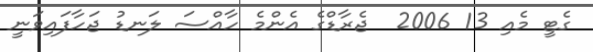
ގެޓީ މެއި 13 2006  ޖެރާޑްގެ އެންމެ ހާއްސަ ލަނޑު ޖަހާފައިވަނީ